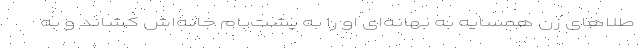
طلا‌های زن همسایه به بهانه‌ای او را به پشت‌بام خانه‌اش کشاند و به